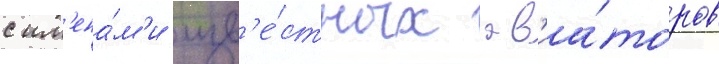
с им'ена́м'и изв'е́стных ав'иа́торов